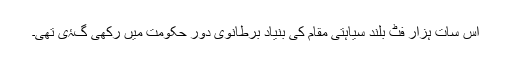
اس سات ہزار فُٹ بلند سیاہتی مقام کی بنیاد برطانوی دور حکومت میں رکھی گۂی تھی۔